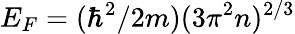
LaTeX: E_{F}=(\hbar^{2}/2m)(3\pi^{2}n)^{2/3}